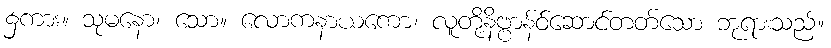
၌ကား။ သုမနော၊ သော။ လောကနာယကော၊ လူတို့နိဗ္ဗာန်ဝ်ဆောင်တတ်သော ဘုရားသည်။